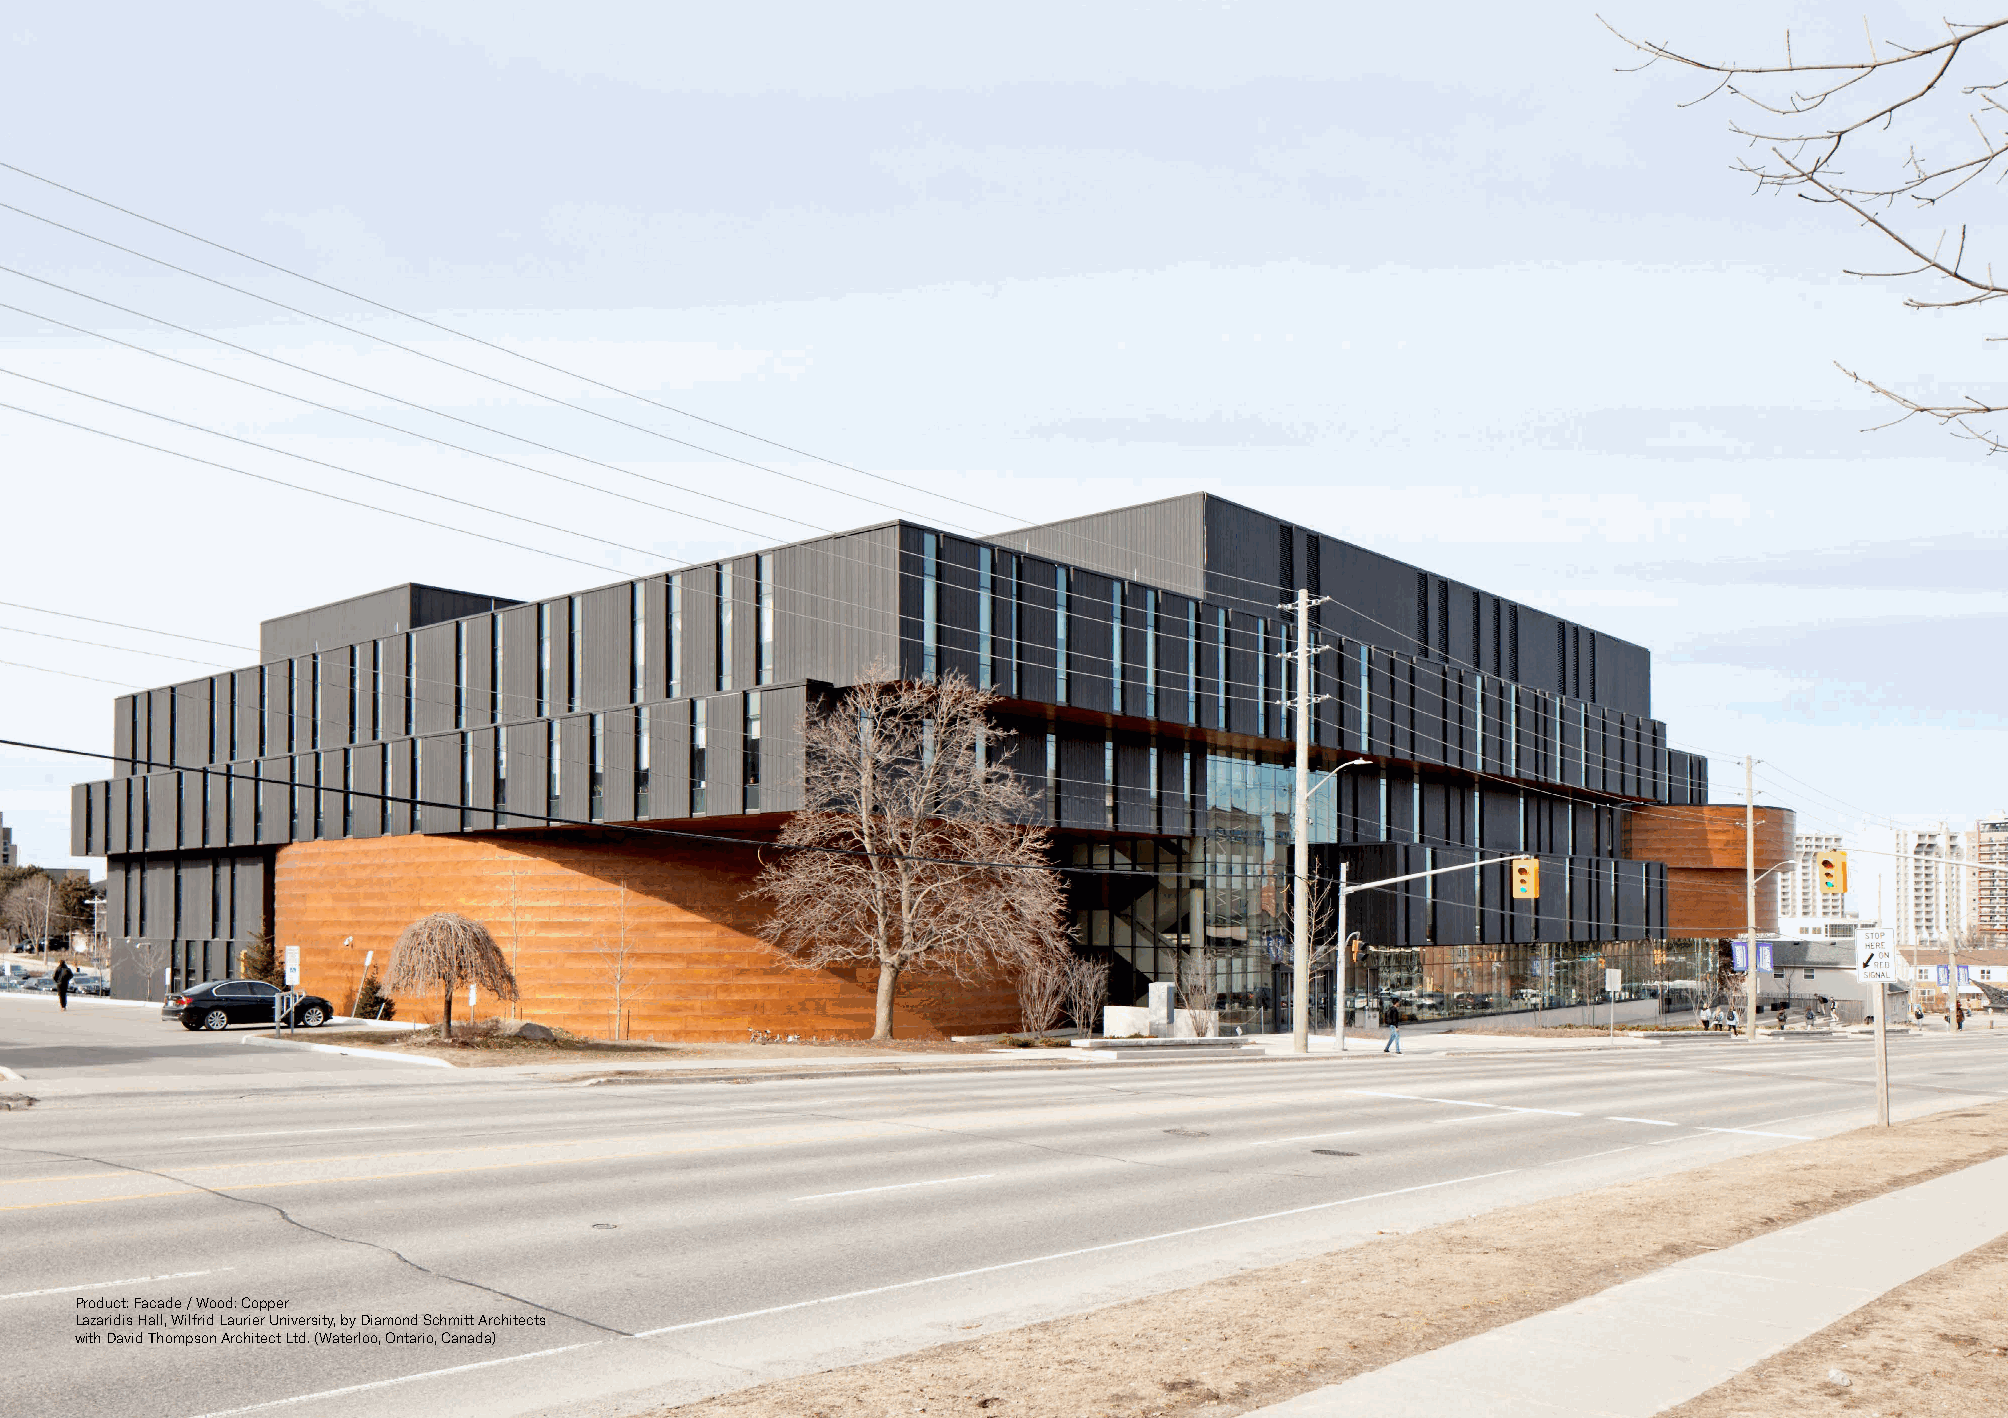
Product: Facade / Wood: Copper
 Lazaridis Hall, Wilfrid Laurier University, by Diamond Schmitt Architects
 with David Thompson Architect Ltd. (Waterloo, Ontario, Canada)